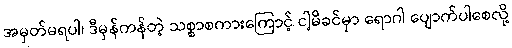
အမှတ်မရပါ၊ ဒီမှန်ကန်တဲ့ သစ္စာစကားကြောင့် ငါ့မိခင်မှာ ရောဂါ ပျောက်ပါစေလို့